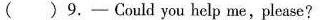
( )9.— Could you help me,please?